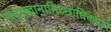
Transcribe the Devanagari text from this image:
स्त्वमज्ञानामिच्छाधिकमपि